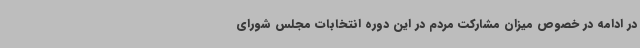
در ادامه در خصوص میزان مشارکت مردم در این دوره انتخابات مجلس شورای